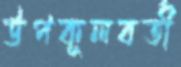
উপকূলবর্তী